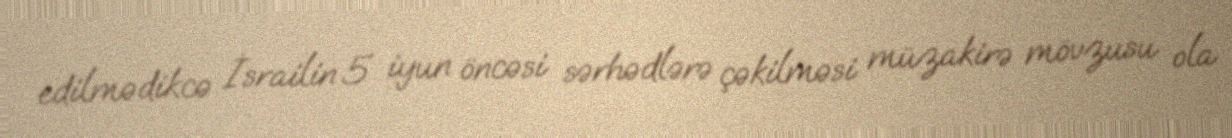
edilmədikcə İsrailin 5 iyun öncəsi sərhədlərə çəkilməsi müzakirə mövzusu ola